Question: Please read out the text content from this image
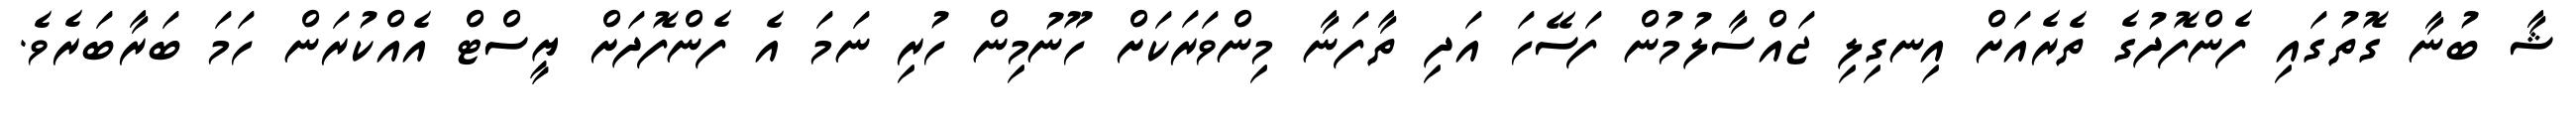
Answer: ޝާ ބުނާ ގޮތުގައި ފެންފޮދުގެ ތެރެއަށް އިނގިލި ޖައްސާލުމުން ފަސޭހަ އަދި ތާފަނާ މިންވަރަކަށް ހޫނުމިން ހުރި ނަމަ އެ ފެންފޮދަށް ޔީސްޓް އެއްކުރަން ހަމަ ބަރާބަރެވެ.